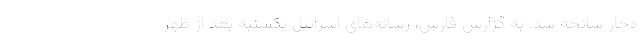
دچار سانحه شد. به گزارش فارس، رسانه‌های اسرائیل یکشنبه بعد از ظهر